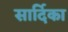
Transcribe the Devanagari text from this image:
सार्दिका